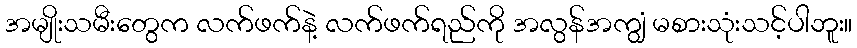
အမျိုးသမီးတွေက လက်ဖက်နဲ့ လက်ဖက်ရည်ကို အလွန်အကျွံ မစားသုံးသင့်ပါဘူး။